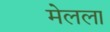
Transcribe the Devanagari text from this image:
मेलला